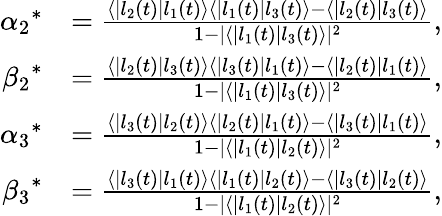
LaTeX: \begin{array}{rl}{{\alpha_{2}}^{\ast}}&{=\frac{\langle|l_{2}(t)|l_{1}(t)\rangle\langle|l_{1}(t)|l_{3}(t)\rangle-\langle|l_{2}(t)|l_{3}(t)\rangle}{1-|\langle|l_{1}(t)|l_{3}(t)\rangle|^{2}},}\\ {{\beta_{2}}^{\ast}}&{=\frac{\langle|l_{2}(t)|l_{3}(t)\rangle\langle|l_{3}(t)|l_{1}(t)\rangle-\langle|l_{2}(t)|l_{1}(t)\rangle}{1-|\langle|l_{1}(t)|l_{3}(t)\rangle|^{2}},}\\ {{\alpha_{3}}^{\ast}}&{=\frac{\langle|l_{3}(t)|l_{2}(t)\rangle\langle|l_{2}(t)|l_{1}(t)\rangle-\langle|l_{3}(t)|l_{1}(t)\rangle}{1-|\langle|l_{1}(t)|l_{2}(t)\rangle|^{2}},}\\ {{\beta_{3}}^{\ast}}&{=\frac{\langle|l_{3}(t)|l_{1}(t)\rangle\langle|l_{1}(t)|l_{2}(t)\rangle-\langle|l_{3}(t)|l_{2}(t)\rangle}{1-|\langle|l_{1}(t)|l_{2}(t)\rangle|^{2}},}\end{array}